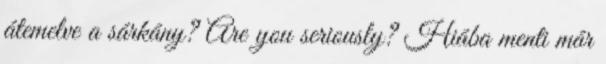
átemelve a sárkány? Are you seriously? Hiába menti már